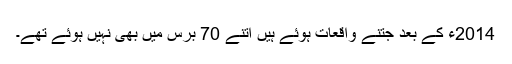
2014ء کے بعد جتنے واقعات ہوئے ہیں اتنے 70 برس میں بھی نہیں ہوئے تھے۔